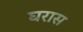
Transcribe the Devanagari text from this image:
घरास